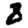
Digit: 8